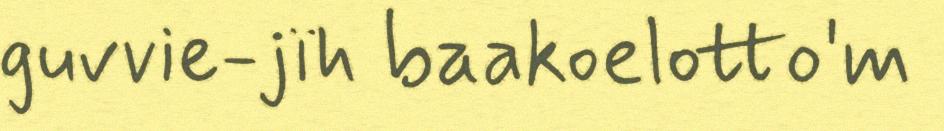
guvvie-jïh baakoelotto'm